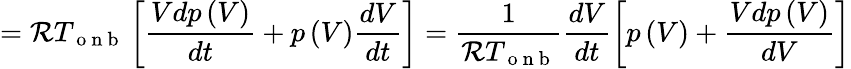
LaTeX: =\mathcal{R}T_{\mathrm{~o~n~b~}}\left[\frac{Vdp\left(V\right)}{dt}+p\left(V\right)\frac{dV}{dt}\right]=\frac{1}{\mathcal{R}T_{\mathrm{~o~n~b~}}}\frac{dV}{dt}\left[p\left(V\right)+\frac{Vdp\left(V\right)}{dV}\right]